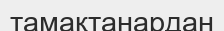
тамақтанардан